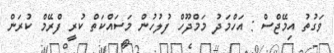
ވަގުތު އިމޭޖްސް : އަހްމަދު މަމްދޫހް ފުލުހުން މަސައްކަތް ކުރީ ފްރޭމް ކުރަން